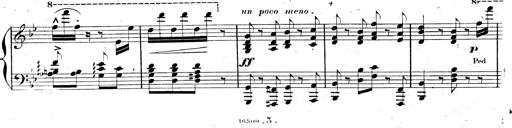
Title: AnnÃ©es de pÃ¨lerinage II, SupplÃ©ment
Composer: Franz Liszt